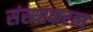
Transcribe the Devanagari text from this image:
संस्थाकरता